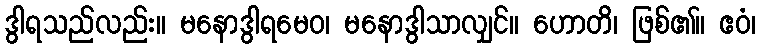
ဒွါရသည်လည်း။ မနောဒွါရမေဝ၊ မနောဒွါသာလျှင်။ ဟောတိ၊ ဖြစ်၏။ ဧဝံ၊